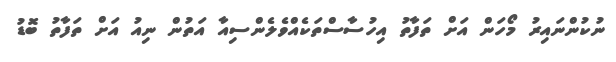
ނުކުންނައިރު މޯހަން އަށް ތަފާތު އިހުސާސްތަކެއްވެލެންސިއާ އަތުން ނިއު އަށް ތަފާތު ބޮޑު